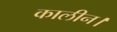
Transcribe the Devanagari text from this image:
कालीन।